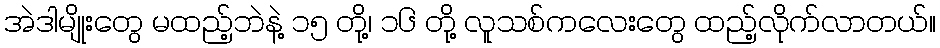
အဲဒါမျိုးတွေ မထည့်ဘဲနဲ့ ၁၅ တို့၊ ၁၆ တို့ လူသစ်ကလေးတွေ ထည့်လိုက်လာတယ်။